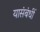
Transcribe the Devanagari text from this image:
यासंबंधीं